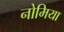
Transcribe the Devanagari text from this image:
नोमिया